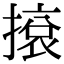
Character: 㨰